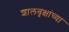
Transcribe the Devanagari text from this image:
शालवृक्षांच्या